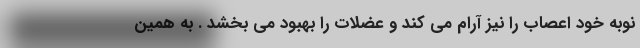
نوبه خود اعصاب را نیز آرام می کند و عضلات را بهبود می بخشد . به همین